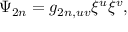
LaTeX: \Psi _ { 2 n } = g _ { 2 n , u v } \xi ^ { u } \xi ^ { v } ,